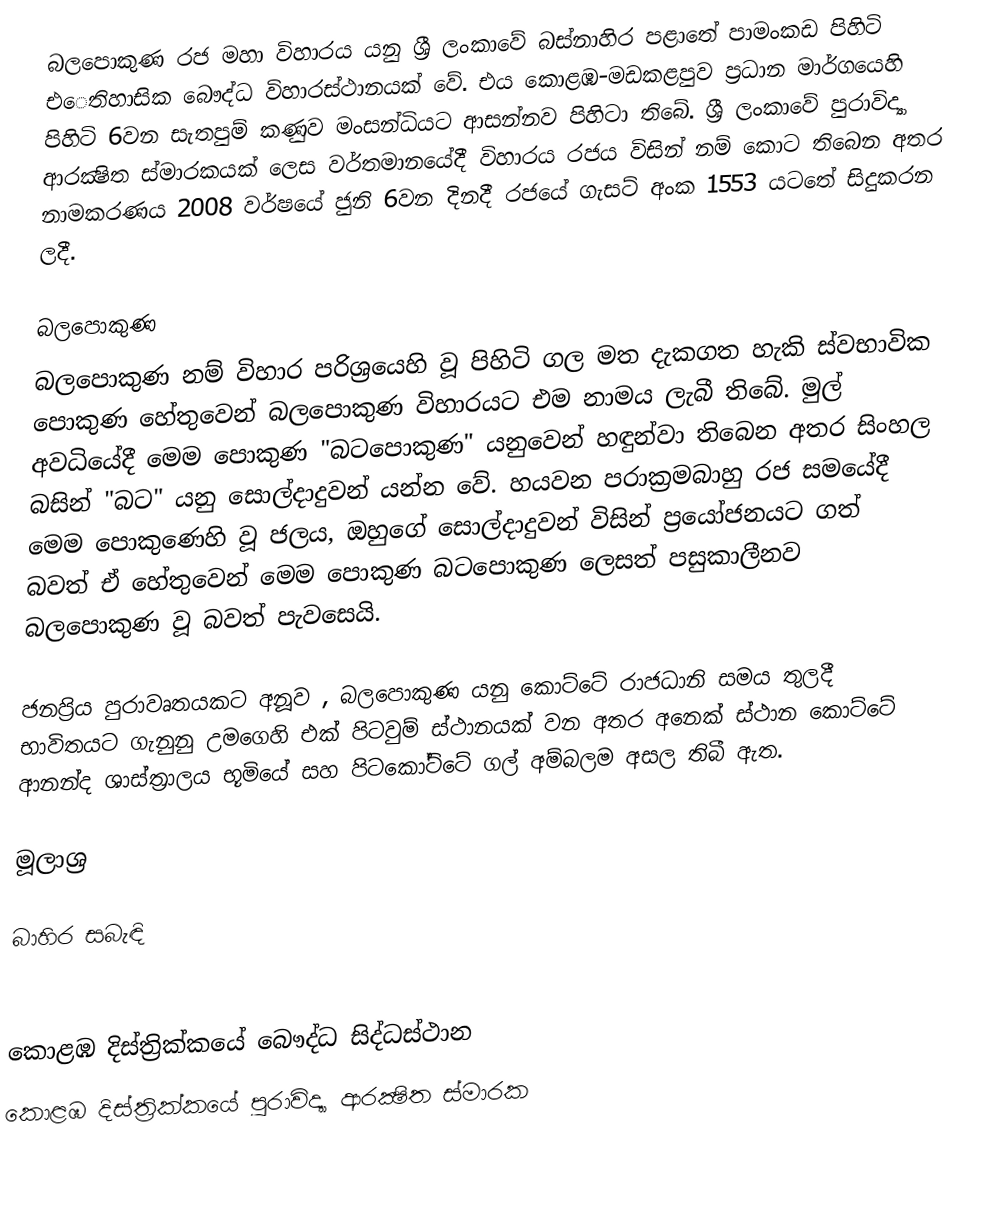
බලපොකුණ රජ මහා විහාරය යනු ශ්‍රී ලංකාවේ බස්නාහිර පළාතේ පාමංකඩ පිහිටි එෙතිහාසික බෞද්ධ විහාරස්ථානයක් වේ. එය කොළඹ-මඩකළපුව ප්‍රධාන මාර්ගයෙහි පිහිටි 6වන සැතපුම් කණුව මංසන්ධියට ආසන්නව පිහිටා තිබේ. ශ්‍රී ලංකාවේ පුරාවිද්‍යා ආරක්‍ෂිත ස්මාරකයක් ලෙස වර්තමානයේදී විහාරය රජය විසින් නම් කොට තිබෙන අතර නාමකරණය 2008 වර්ෂයේ ජුනි 6වන දිනදී රජයේ ගැසට් අංක 1553 යටතේ සිදුකරන ලදී.

බලපොකුණ
බලපොකුණ නම් විහාර පරිශ්‍රයෙහි වූ පිහිටි ගල මත දැකගත හැකි ස්වභාවික පොකුණ හේතුවෙන් බලපොකුණ විහාරයට එම නාමය ලැබී තිබේ. මුල් අවධියේදී මෙම පොකුණ "බටපොකුණ" යනුවෙන් හඳුන්වා තිබෙන අතර සිංහල බසින් "බට" යනු සොල්දාදුවන් යන්න වේ. හයවන පරාක්‍රමබාහු රජ සමයේදී මෙම පොකුණෙහි වූ ජලය, ඔහුගේ සොල්දාදුවන් විසින් ප්‍රයෝජනයට ගත් බවත් ඒ හේතුවෙන් මෙම පොකුණ බටපොකුණ ලෙසත් පසුකාලීනව බලපොකුණ වූ බවත් පැවසෙයි.

ජනප්‍රිය පුරාවෘතයකට අනූව , බලපොකුණ යනු කොට්ටේ රාජධානි සමය තුලදී භාවිතයට ගැනුනු උමගෙහි එක් පිටවුම් ස්ථානයක් වන අතර අනෙක් ස්ථාන කොට්ටේ ආනන්ද ශාස්ත්‍රාලය භූමියේ සහ පිටකෝට්ටේ ගල් අම්බලම අසල තිබී ඇත.

මූලාශ්‍ර

බාහිර සබැඳි

කොළඹ දිස්ත්‍රික්කයේ බෞද්ධ සිද්ධස්ථාන‎
කොළඹ දිස්ත්‍රික්කයේ පුරාවිද්‍යා ආරක්‍ෂිත ස්මාරක